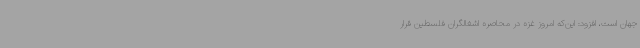
جهان است، افزود: این‌که امروز غزه در محاصره اشغالگران فلسطین قرار